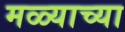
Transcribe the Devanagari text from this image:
मळ्याच्या